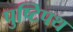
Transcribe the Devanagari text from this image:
पुष्टिपथ